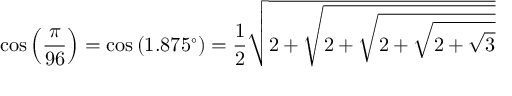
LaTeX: \cos \left( { \frac { \pi } { 9 6 } } \right) = \cos \left( 1 . 8 7 5 ^ { \circ } \right) = { \frac { 1 } { 2 } } { \sqrt { 2 + { \sqrt { 2 + { \sqrt { 2 + { \sqrt { 2 + { \sqrt { 3 } } } } } } } } } }